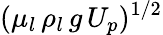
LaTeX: (\mu_{l}\, \rho_{l}\, g\, U_{p})^{1/2}